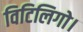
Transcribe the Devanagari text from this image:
विटिलिगो।